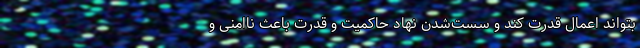
بتواند اعمال قدرت کند و سست‌شدن نهاد حاکمیت و قدرت باعث ناامنی و